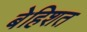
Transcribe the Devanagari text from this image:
बेहिशत